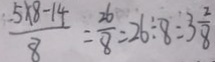
\frac { 5 \times 8 - 1 4 } { 8 } = \frac { 2 6 } { 8 } = 2 6 \div 8 = 3 \frac { 2 } { 8 }